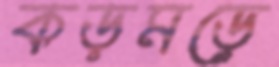
কড়মড়ে